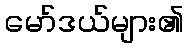
မော်ဒယ်များ၏